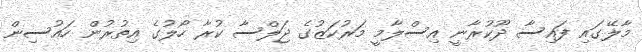
މާލޭގައި ފައިސާ ދޫކުރާނީ އިސްލާމީ މަރުކަޒުގެ ޖަލްސާ ކުރާ ހޯލުގެ އިތުރުން ހައުސިން